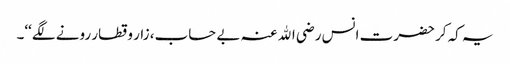
یہ کہ کر حضرت انس رضی اﷲ عنہ بے حساب، زار و قطار رونے لگے‘‘۔